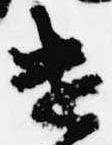
遣